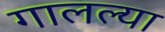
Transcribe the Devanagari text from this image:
गालल्या